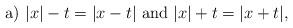
LaTeX: \begin{align*}\mbox{a) } |x|-t = |x-t| \mbox{ and } |x|+t = |x+t|,\end{align*}